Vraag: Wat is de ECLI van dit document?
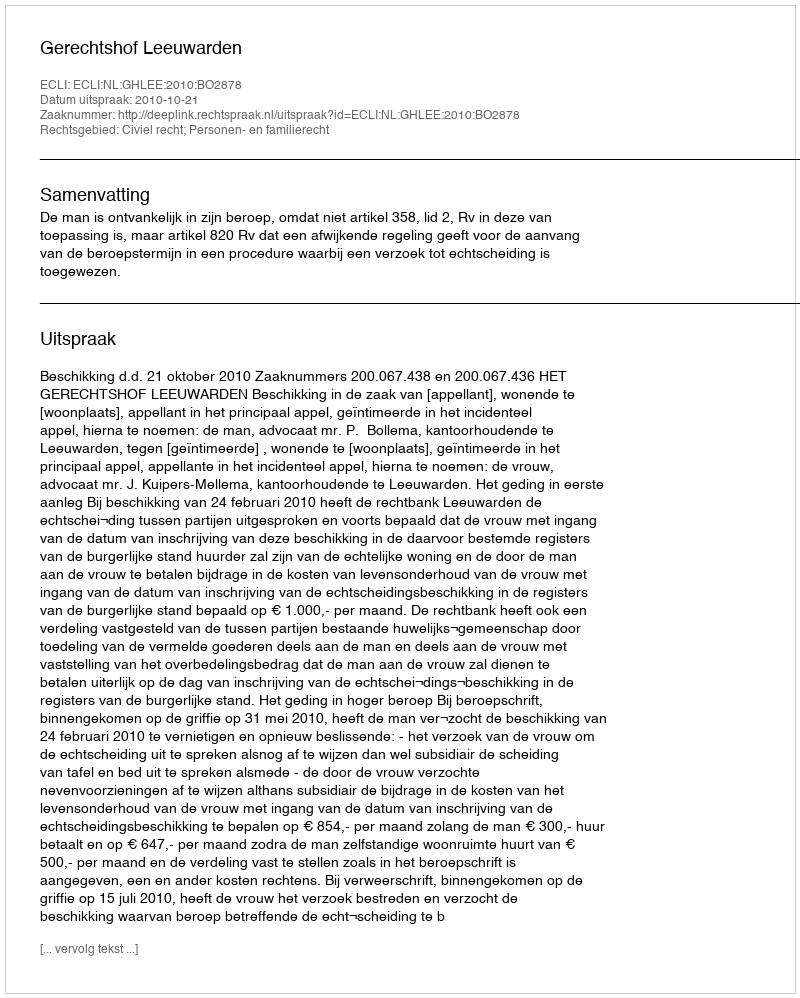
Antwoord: ECLI:NL:GHLEE:2010:BO2878